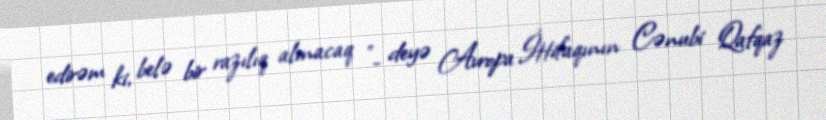
edirəm ki, belə bir razılıq alınacaq "- deyə Avropa İttifaqının Cənubi Qafqaz